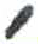
אות: ,